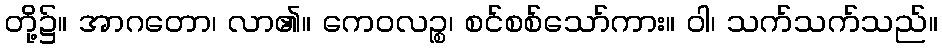
တို့၌။ အာဂတော၊ လာ၏။ ကေဝလဉ္စ၊ စင်စစ်သော်ကား။ ဝါ၊ သက်သက်သည်။